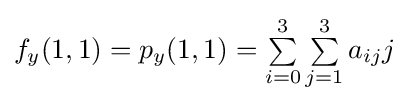
f_{y}(1,1)=p_{y}(1,1)=\textstyle \sum \limits _{i=0}^{3}\sum \limits _{j=1}^{3}a_{ij}j